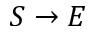
S \rightarrow E